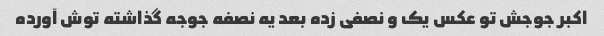
اکبر جوجش تو عکس یک و نصفی زده بعد یه نصفه جوجه گذاشته توش آورده